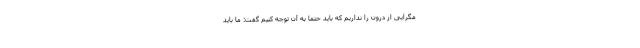
مگرایی از درون را نداریم که باید حتما به آن توجه کنیم گفت: ما باید